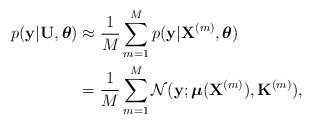
\begin{align*}p(\mathbf{y}\vert\mathbf{U},\boldsymbol{\theta}) & \approx\frac{1}{M}\sum_{m=1}^{M}p(\mathbf{y}\vert\mathbf{X}^{(m)},\boldsymbol{\theta}) \\ & =\frac{1}{M}\sum_{m=1}^{M}\mathcal{N}(\mathbf{y};\mathbf{\mathbb{\boldsymbol{\mu}}}(\mathbf{X}^{(m)}),\mathbf{K}^{(m)}),\end{align*}